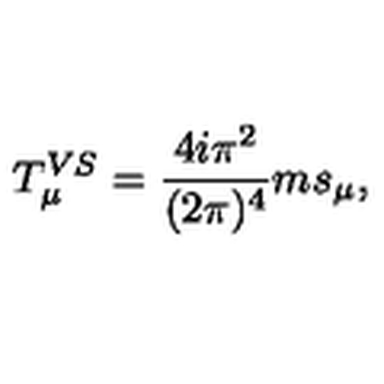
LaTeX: T _ { \mu } ^ { V S } = \frac { 4 i \pi ^ { 2 } } { ( 2 \pi ) ^ { 4 } } m s _ { \mu } ,